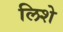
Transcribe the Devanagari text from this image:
लिशे